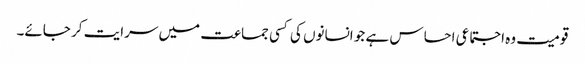
قومیت وہ اجتماعی احساس ہے جو انسانوں کی کسی جماعت میں سرایت کر جائے۔